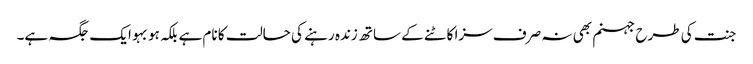
جنت کی طرح جہنم بھی نہ صرف سزا کاٹنے کے ساتھ زندہ رہنے کی حالت کا نام ہے بلکہ ہو بہو ایک جگہ ہے۔